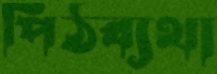
পিঠব্যথা